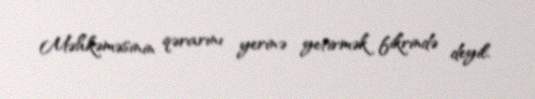
Məhkəməsinin qərarını yerinə yetirmək fikrində deyil.